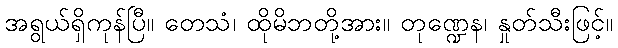
အရွယ်ရှိကုန်ပြီ။ တေသံ၊ ထိုမိဘတို့အား။ တုဏ္ဍေန၊ နှုတ်သီးဖြင့်။